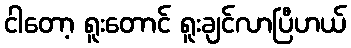
ငါတော့ ရူးတောင် ရူးချင်လာပြီဟယ်